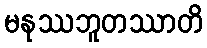
မနုဿဘူတဿာတိ